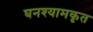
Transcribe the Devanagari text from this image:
घनश्यामकृत